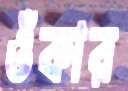
ওঁকার